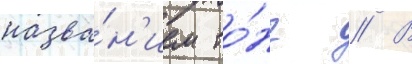
назва́н'ием то́нг // В